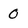
Character: 0